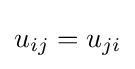
u_{ij}=u_{ji}